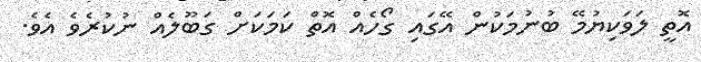
އޮތީ ލަވަކިޔުމޭ ބުނުމަކުން އޭގައި ގޯހެއް އޮތް ކަމަކަށް ގަބޫލެއް ނުކުރެވެ އެވެ.